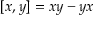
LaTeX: [ x , y ] = x y - y x